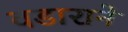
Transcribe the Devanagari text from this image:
वडाराने